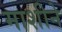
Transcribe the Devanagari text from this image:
माशीने